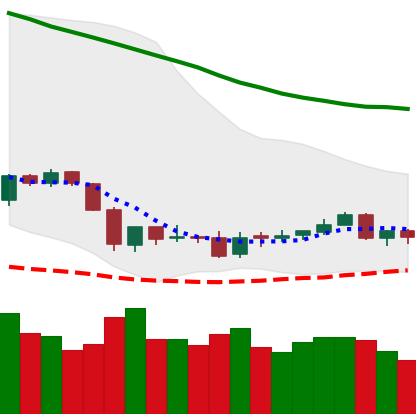
Ticker: ETC-USD
Chart end date: 2018-06-06
Forward return: -15.281%
Label: down_7plus